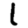
Digit: 1